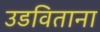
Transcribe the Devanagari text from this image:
उडविताना